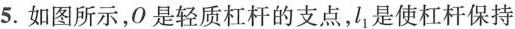
5. 如图所示，O 是轻质杠杆的支点，l_{1}是使杠杆保持